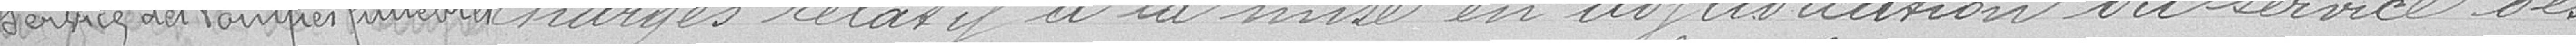
charges relatif à la mise en adjudication du service des